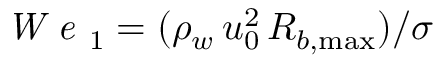
\textit { W e } _ { 1 } = ( \rho _ { w } \, u _ { 0 } ^ { 2 } \, R _ { b , \operatorname* { m a x } } ) / \sigma